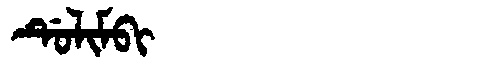
Manchu: ᡩᡠᠯᡳᠮᠪᡳ
Romanization: DULIMBI